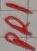
Text: PR1